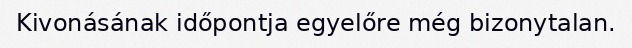
Kivonásának időpontja egyelőre még bizonytalan.